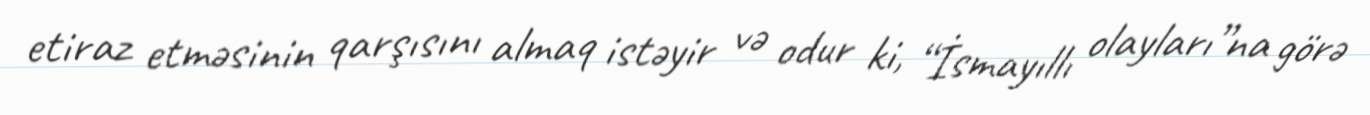
etiraz etməsinin qarşısını almaq istəyir və odur ki, “İsmayıllı olayları”na görə